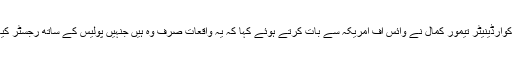
پاکستان سول سوسائٹی نیٹ ورک کے کوآرڈینیٹر تیمور کمال نے وائس آف امریکہ سے بات کرتے ہوئے کہا کہ یہ واقعات صرف وہ ہیں جنہیں پولیس کے ساتھ رجسٹر کیا گیا یا پھر انہیں خبروں میں جگہ ملی۔